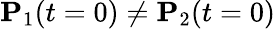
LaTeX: \mathbf P_{1}(t=0)\neq\mathbf P_{2}(t=0)